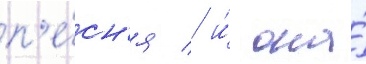
п'е́сн'я / и́ она́